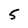
Character: 5